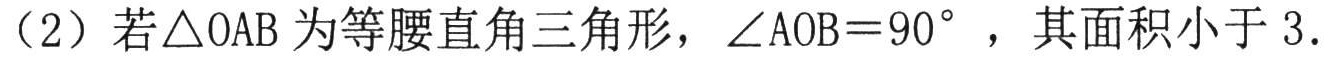
（2）若\(\triangle OAB\)为等腰直角三角形，\(\angle AOB = 90^{\circ}\)，其面积小于 \(3\).